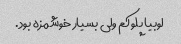
لوبیا پلو کم ولی بسیار خوشمزه بود.